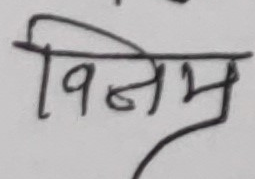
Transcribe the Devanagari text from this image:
विनभ्र